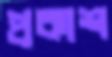
প্রকাশ